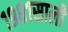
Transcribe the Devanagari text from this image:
१९८१साली